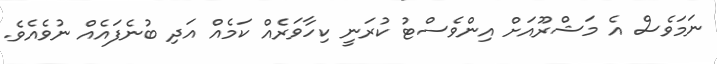
ނަމަވެސް އެ މަޝްރޫއަށް އިންވެސްޓު ކުރަނީ ކިހާވަރެއް ކަމެއް އަދި ބުނެފައެއް ނުވެއެވެ.